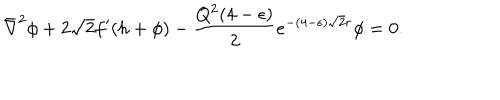
\bar { \nabla } ^ { 2 } \phi + 2 \sqrt 2 f ^ { \prime } ( h + \phi ) - { \frac { Q ^ { 2 } ( 4 - \epsilon ) } { 2 } } e ^ { - ( 4 - \epsilon ) \sqrt 2 r } \phi = 0 .